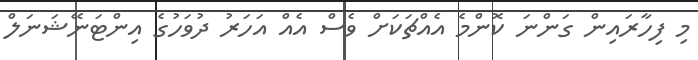
މި ފިހާރައިން ގަންނަ ކޮންމެ އެއްޗަކަށް ވެސް އެއް އަހަރު ދުވަހުގެ އިންޓަނޭޝަނަލް